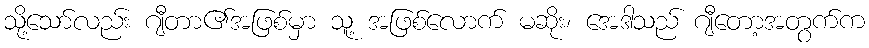
သို့သော်လည်း ဂျီတာ၏အဖြစ်မှာ သူ့ အဖြစ်လောက် မဆိုး၊ အေဒါသည် ဂျီတော့အတွက်က